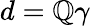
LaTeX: d=\mathbb{Q}\gamma